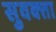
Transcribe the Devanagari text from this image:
सुवक्‍ता